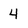
Character: 4